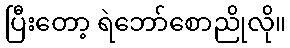
ပြီးတော့ ရဲဘော်စောညိုလို။